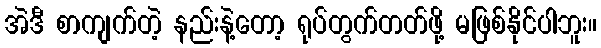
အဲဒီ စာကျက်တဲ့ နည်းနဲ့တော့ ရုပ်တွက်တတ်ဖို့ မဖြစ်နိုင်ပါဘူး။